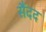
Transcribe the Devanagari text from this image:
सैंदद